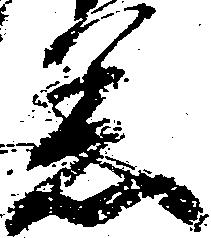
着